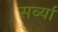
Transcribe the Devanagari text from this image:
सर्व्या